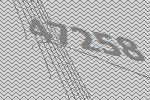
47258